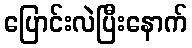
ပြောင်းလဲပြီးနောက်